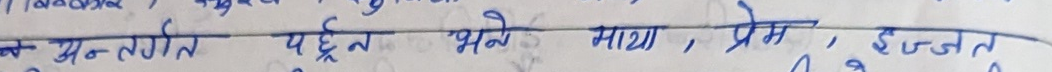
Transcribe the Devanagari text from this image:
अनन्त्गत पढ्छन भने माया, प्रेम, इज्जत